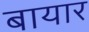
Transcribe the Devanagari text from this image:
बायार